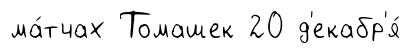
ма́тчах Томашек 20 д'екабр'я́